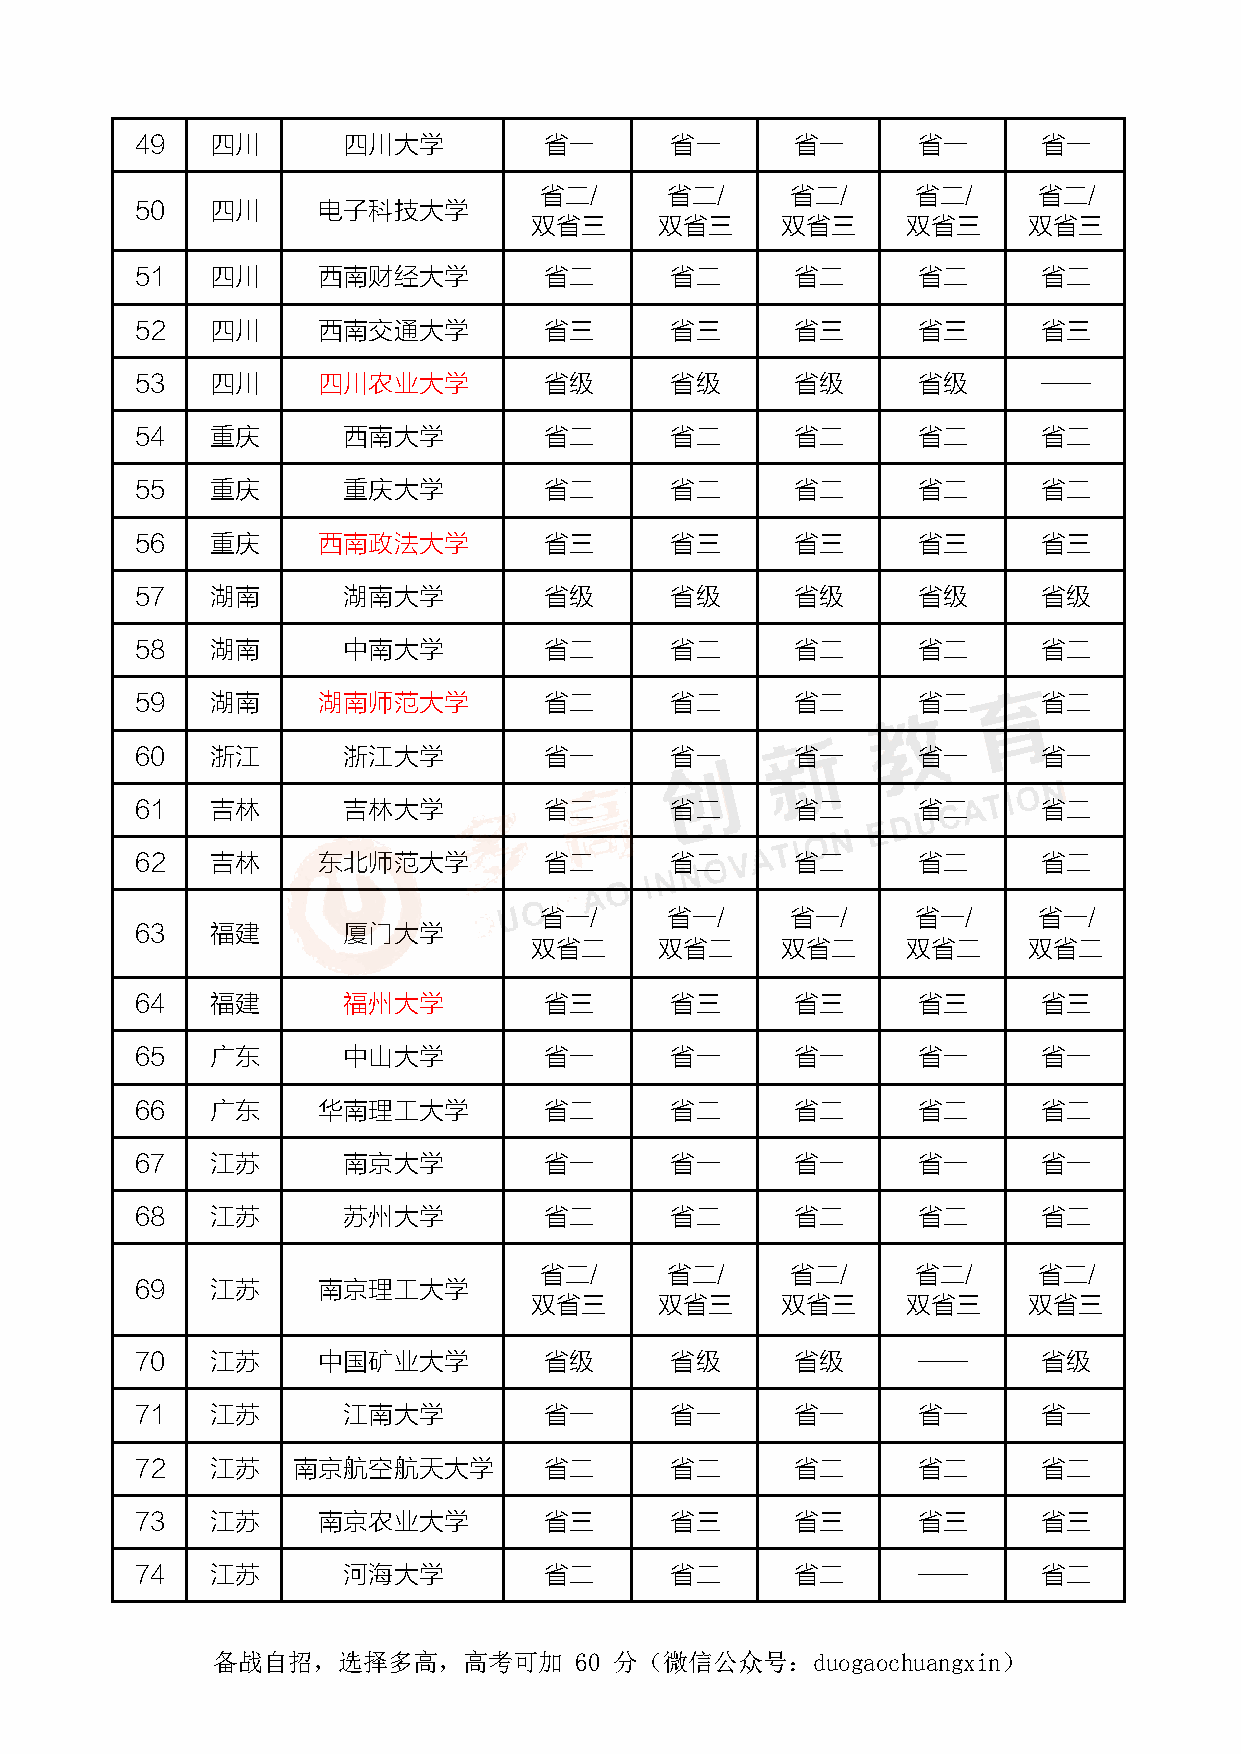
49   四川       四川大学         省一      省一       省一      省一      省一
 省二/     省二/     省二/      省二/     省二/
 50   四川     电子科技大学
 双省三      双省三     双省三     双省三     双省三
 51   四川     西南财经大学         省二      省二       省二      省二      省二
 52   四川     西南交通大学         省三      省三       省三      省三      省三
 53   四川     四川农业大学         省级      省级       省级      省级      ——
 54   重庆       西南大学         省二      省二       省二      省二      省二
 55   重庆       重庆大学         省二      省二       省二      省二      省二
 56   重庆     西南政法大学         省三      省三       省三      省三      省三
 57   湖南       湖南大学         省级      省级       省级      省级      省级
 58   湖南       中南大学         省二      省二       省二      省二      省二
 59   湖南     湖南师范大学         省二      省二       省二      省二      省二
 60   浙江       浙江大学         省一      省一       省一      省一      省一
 61   吉林       吉林大学         省二      省二       省二      省二      省二
 62   吉林     东北师范大学         省二      省二       省二      省二      省二
 省一/     省一/     省一/      省一/     省一/
 63   福建       厦门大学
 双省二      双省二     双省二     双省二     双省二
 64   福建       福州大学         省三      省三       省三      省三      省三
 65   广东       中山大学         省一      省一       省一      省一      省一
 66   广东     华南理工大学         省二      省二       省二      省二      省二
 67   江苏       南京大学         省一      省一       省一      省一      省一
 68   江苏       苏州大学         省二      省二       省二      省二      省二
 省二/     省二/     省二/      省二/     省二/
 69   江苏     南京理工大学
 双省三      双省三     双省三     双省三     双省三
 70   江苏     中国矿业大学         省级      省级       省级      ——      省级
 71   江苏       江南大学         省一      省一       省一      省一      省一
 72   江苏   南京航空航天大学         省二      省二       省二      省二      省二
 73   江苏     南京农业大学         省三      省三       省三      省三      省三
 74   江苏       河海大学         省二      省二       省二      ——      省二
 备战自招，选择多高，高考可加          60 分（微信公众号：duogaochuangxin）